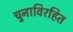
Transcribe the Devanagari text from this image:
चुनाविरहित